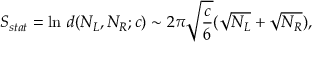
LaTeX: S _ { s t a t } = \ln \, d ( N _ { L } , N _ { R } ; c ) \sim 2 \pi \sqrt { \frac { c } { 6 } } ( \sqrt { N _ { L } } + \sqrt { N _ { R } } ) ,